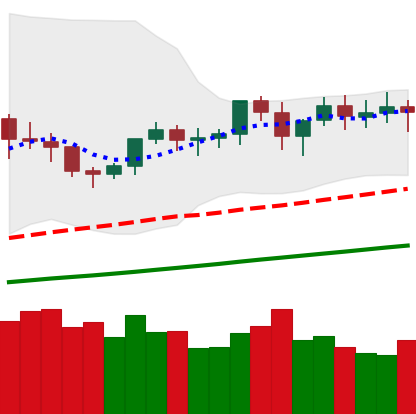
Ticker: XMR-USD
Chart end date: 2021-03-21
Forward return: -4.589%
Label: down_3_5